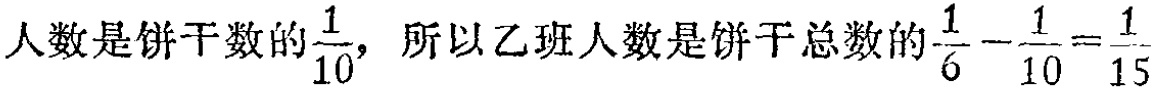
人数是饼干数的$\frac{1}{10}$，所以乙班人数是饼干总数的$\frac{1}{6}-\frac{1}{10}=\frac{1}{15}$